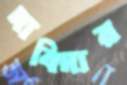
দাবিদার